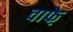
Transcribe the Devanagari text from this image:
वाफे़